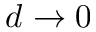
d \to 0